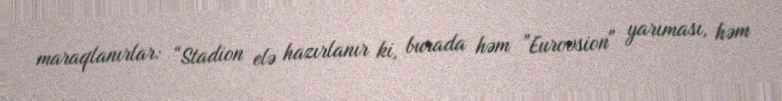
maraqlanırlar: “Stadion elə hazırlanır ki, burada həm ”Eurovsion" yarıması, həm